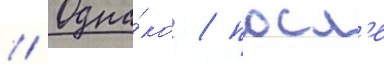
// Одна́ко / посл'е